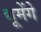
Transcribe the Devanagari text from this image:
द्यूमेंगे